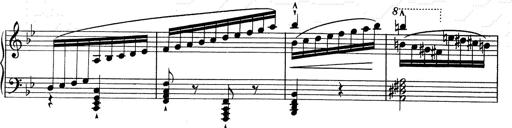
Title: RÃ©miniscences de Don Juan
Composer: Franz Liszt